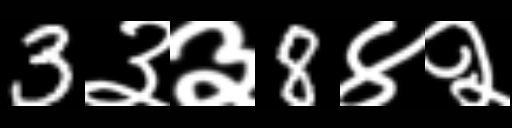
Text: 3३३8४२